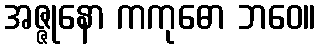
အဇ္ဇုနော ကကုဓော ဘဝေ။